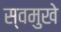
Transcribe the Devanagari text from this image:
स्वमुखे